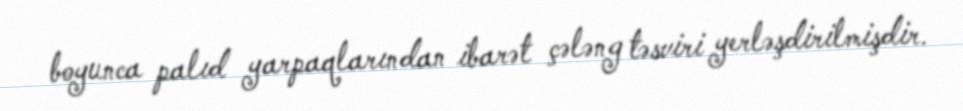
boyunca palıd yarpaqlarından ibarət çələng təsviri yerləşdirilmişdir.